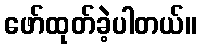
ဖော်ထုတ်ခဲ့ပါတယ်။